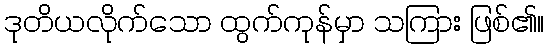
ဒုတိယလိုက်သော ထွက်ကုန်မှာ သကြား ဖြစ်၏။